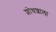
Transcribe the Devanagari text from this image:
शोधशाला